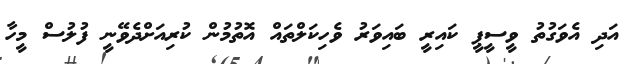
އަދި އެވަގުތު ވީސީޕީ ކައިރީ ބައިވަރު ވެހިކަލްތައް އޮތުމުން ކުރިއަށްދެވޭނީ ފުލުސް މީހާ